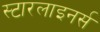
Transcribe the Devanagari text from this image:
स्टारलाइनर्स